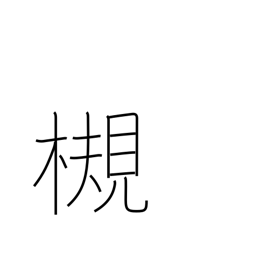
Meaning: Zelkova tree